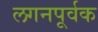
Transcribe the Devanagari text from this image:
लगनपूर्वक